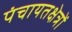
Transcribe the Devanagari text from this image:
पंचायतक्षेत्रों